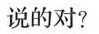
说的对?